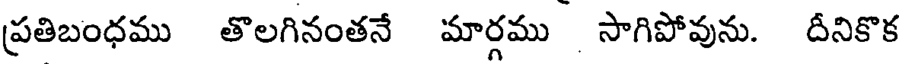
ప్రతిబంధము తొలగినంతనే మార్గము సాగిపోవును. దీనికొక